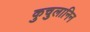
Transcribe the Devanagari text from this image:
कुचुलानिन